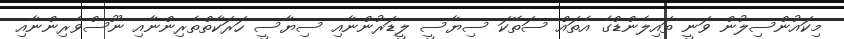
މިކައުންސިލުން ވަނީ ތައިލެންޑްގެ އެތައް ސަތޭކަ ސިޔާސީ ލީޑަރުންނާއި ސިޔާސީ ހަރަކާތްތެރިންނާއި ނޫސްވެރިންނާއި